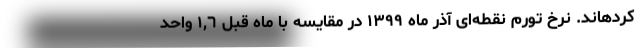
کردهاند. نرخ تورم نقطه‌ای آذر ماه ١٣٩٩ در مقایسه با ماه قبل ١,٦ واحد